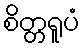
စိတ္တရူပံ